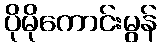
ပိုမိုကောင်းမွန်